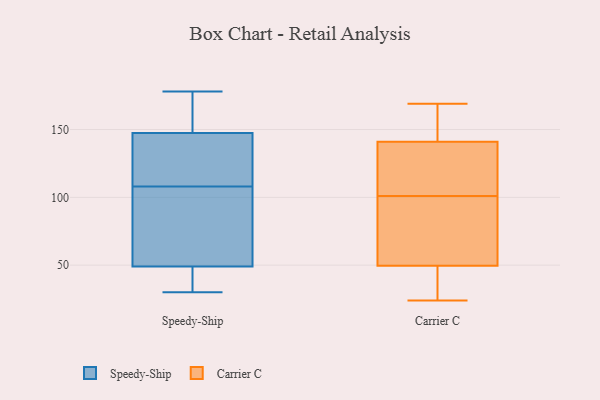
{"axis": {"x": "Market Share (%)", "y": "Value"}, "legend": ["Carrier C", "Speedy-Ship"], "data": [{"x": "", "y": 52, "type": "Speedy-Ship"}, {"x": "", "y": 76, "type": "Speedy-Ship"}, {"x": "", "y": 30, "type": "Speedy-Ship"}, {"x": "", "y": 36, "type": "Speedy-Ship"}, {"x": "", "y": 46, "type": "Speedy-Ship"}, {"x": "", "y": 155, "type": "Speedy-Ship"}, {"x": "", "y": 39, "type": "Speedy-Ship"}, {"x": "", "y": 111, "type": "Speedy-Ship"}, {"x": "", "y": 178, "type": "Speedy-Ship"}, {"x": "", "y": 122, "type": "Speedy-Ship"}, {"x": "", "y": 50, "type": "Speedy-Ship"}, {"x": "", "y": 67, "type": "Speedy-Ship"}, {"x": "", "y": 169, "type": "Speedy-Ship"}, {"x": "", "y": 178, "type": "Speedy-Ship"}, {"x": "", "y": 108, "type": "Speedy-Ship"}, {"x": "", "y": 132, "type": "Speedy-Ship"}, {"x": "", "y": 145, "type": "Speedy-Ship"}, {"x": "", "y": 24, "type": "Carrier C"}, {"x": "", "y": 101, "type": "Carrier C"}, {"x": "", "y": 32, "type": "Carrier C"}, {"x": "", "y": 161, "type": "Carrier C"}, {"x": "", "y": 139, "type": "Carrier C"}, {"x": "", "y": 51, "type": "Carrier C"}, {"x": "", "y": 115, "type": "Carrier C"}, {"x": "", "y": 147, "type": "Carrier C"}, {"x": "", "y": 117, "type": "Carrier C"}, {"x": "", "y": 29, "type": "Carrier C"}, {"x": "", "y": 169, "type": "Carrier C"}, {"x": "", "y": 149, "type": "Carrier C"}, {"x": "", "y": 117, "type": "Carrier C"}, {"x": "", "y": 96, "type": "Carrier C"}, {"x": "", "y": 45, "type": "Carrier C"}, {"x": "", "y": 79, "type": "Carrier C"}, {"x": "", "y": 59, "type": "Carrier C"}]}